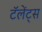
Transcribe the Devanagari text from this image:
टॅलेंट्स